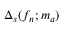
\Delta _ { s } ( f _ { n } ; m _ { a } )